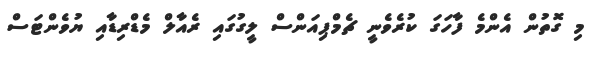
މި ގޮތުން އެންމެ ފާހަގަ ކުރެވެނީ ޗެމްޕިއަންސް ލީގުގައި ރެއާލް މެޑްރިޑާއި ޔުވެންޓަސް